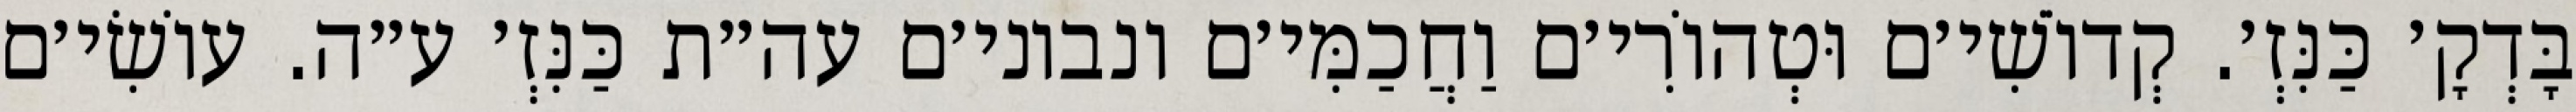
בָּדְקָ׳ כַּנִּזְ׳. קְדוֹשִׁי׳ם וּטְהוֹרִי׳ם וַחֲכַמִּי׳ם ונבוני׳ם עה״ת כַּנִּזְ׳ ע״ה. עוֹשִׂי׳ם